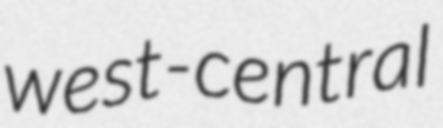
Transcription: west-central